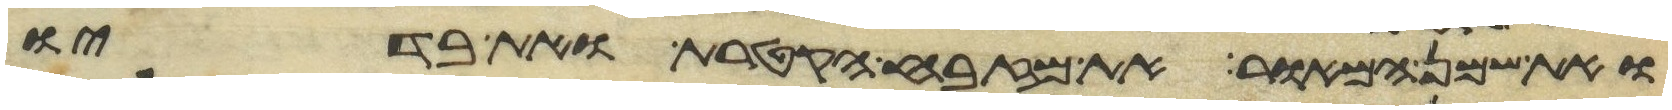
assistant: ואת שמן המאור את מזבח הקטרת ואת בדיו